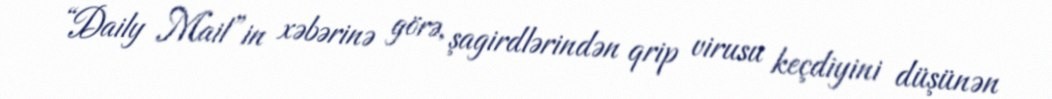
“Daily Mail”in xəbərinə görə, şagirdlərindən qrip virusu keçdiyini düşünən